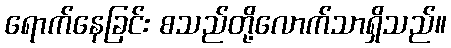
ရောက်နေခြင်း စသည်တို့လောက်သာရှိသည်။